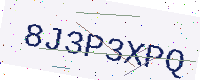
Text: 8J3P3XPQ